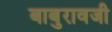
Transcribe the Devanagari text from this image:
बाबुरावजी